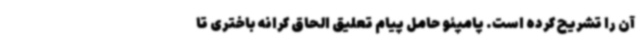
آن را تشریح کرده است. پامپئو حامل پیام تعلیق الحاق کرانه باختری تا